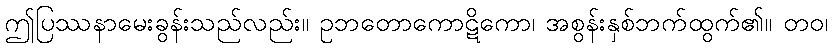
ဤပြဿနာမေးခွန်းသည်လည်း။ ဥဘတောကောဋိကော၊ အစွန်းနှစ်ဘက်ထွက်၏။ တဝ၊